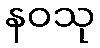
နဝသု